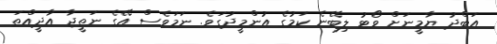
އަބްދު ޔާމީނަށް ވޯޓު ލިބޭނެ ކަމުގެ އުންމީދުގަވެ. ނަމަވެސް އޭގެ ނަތީޖާ އާދީއްތަ